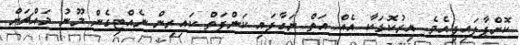
ކޮށްޕާލައިފިއެވެ. އިރުކޮޅަކާ އެއް އަތް ނަގާފައި ކަންފަތް ކައިރިން ނެއްޓިގެން މޫނު މައްޗަށް